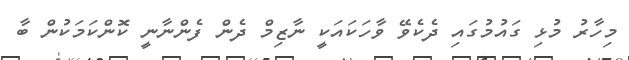
މިހާރު މުޅި ގައުމުގައި ދެކެވޭ ވާހަކައަކީ ނާޒިމް ދެން ފެންނާނީ ކޮންކަމަކުން ބާ